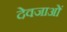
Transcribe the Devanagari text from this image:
देवजाओं